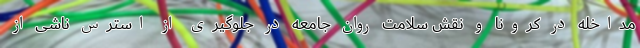
مداخله در کرونا و نقش سلامت روان جامعه در جلوگیری از استرس ناشی از